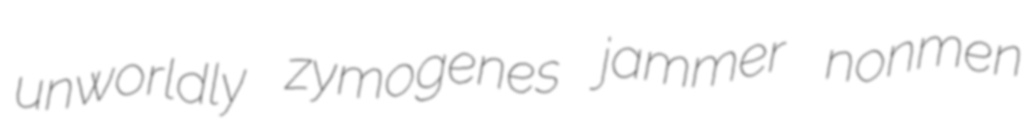
unworldly zymogenes jammer nonmen